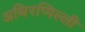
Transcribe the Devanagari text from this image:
अथिरप्पिल्ली